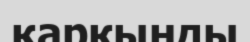
қаркынды